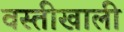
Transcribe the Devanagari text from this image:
वस्तीखाली